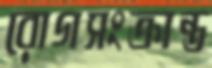
রোগসংক্রান্ত